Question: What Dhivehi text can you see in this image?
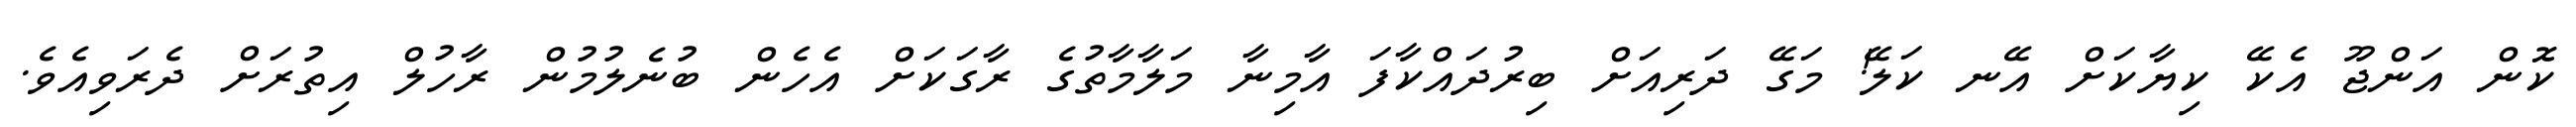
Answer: ކޮން އަންޖޫ އެކޭ ކިޔާކަށް އޭނ ކަލޭ! މަގޭ ދަރިއަށް ބިރުދައްކާފަ އާމިނާ މަލާމާތުގެ ރާގަކަށް އެހެން ބުނެލުމުން ރާހުލް އިތުރަށް ދެރަވިއެވެ.